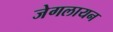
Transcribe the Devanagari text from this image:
जेगलायन